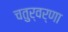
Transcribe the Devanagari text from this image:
चतुर्वर्णा